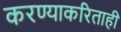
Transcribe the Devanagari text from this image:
करण्याकरिताही